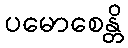
ပမောစေန္တိ